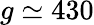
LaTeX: g\simeq 430